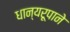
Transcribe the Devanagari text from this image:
धान्‍यरूपाने